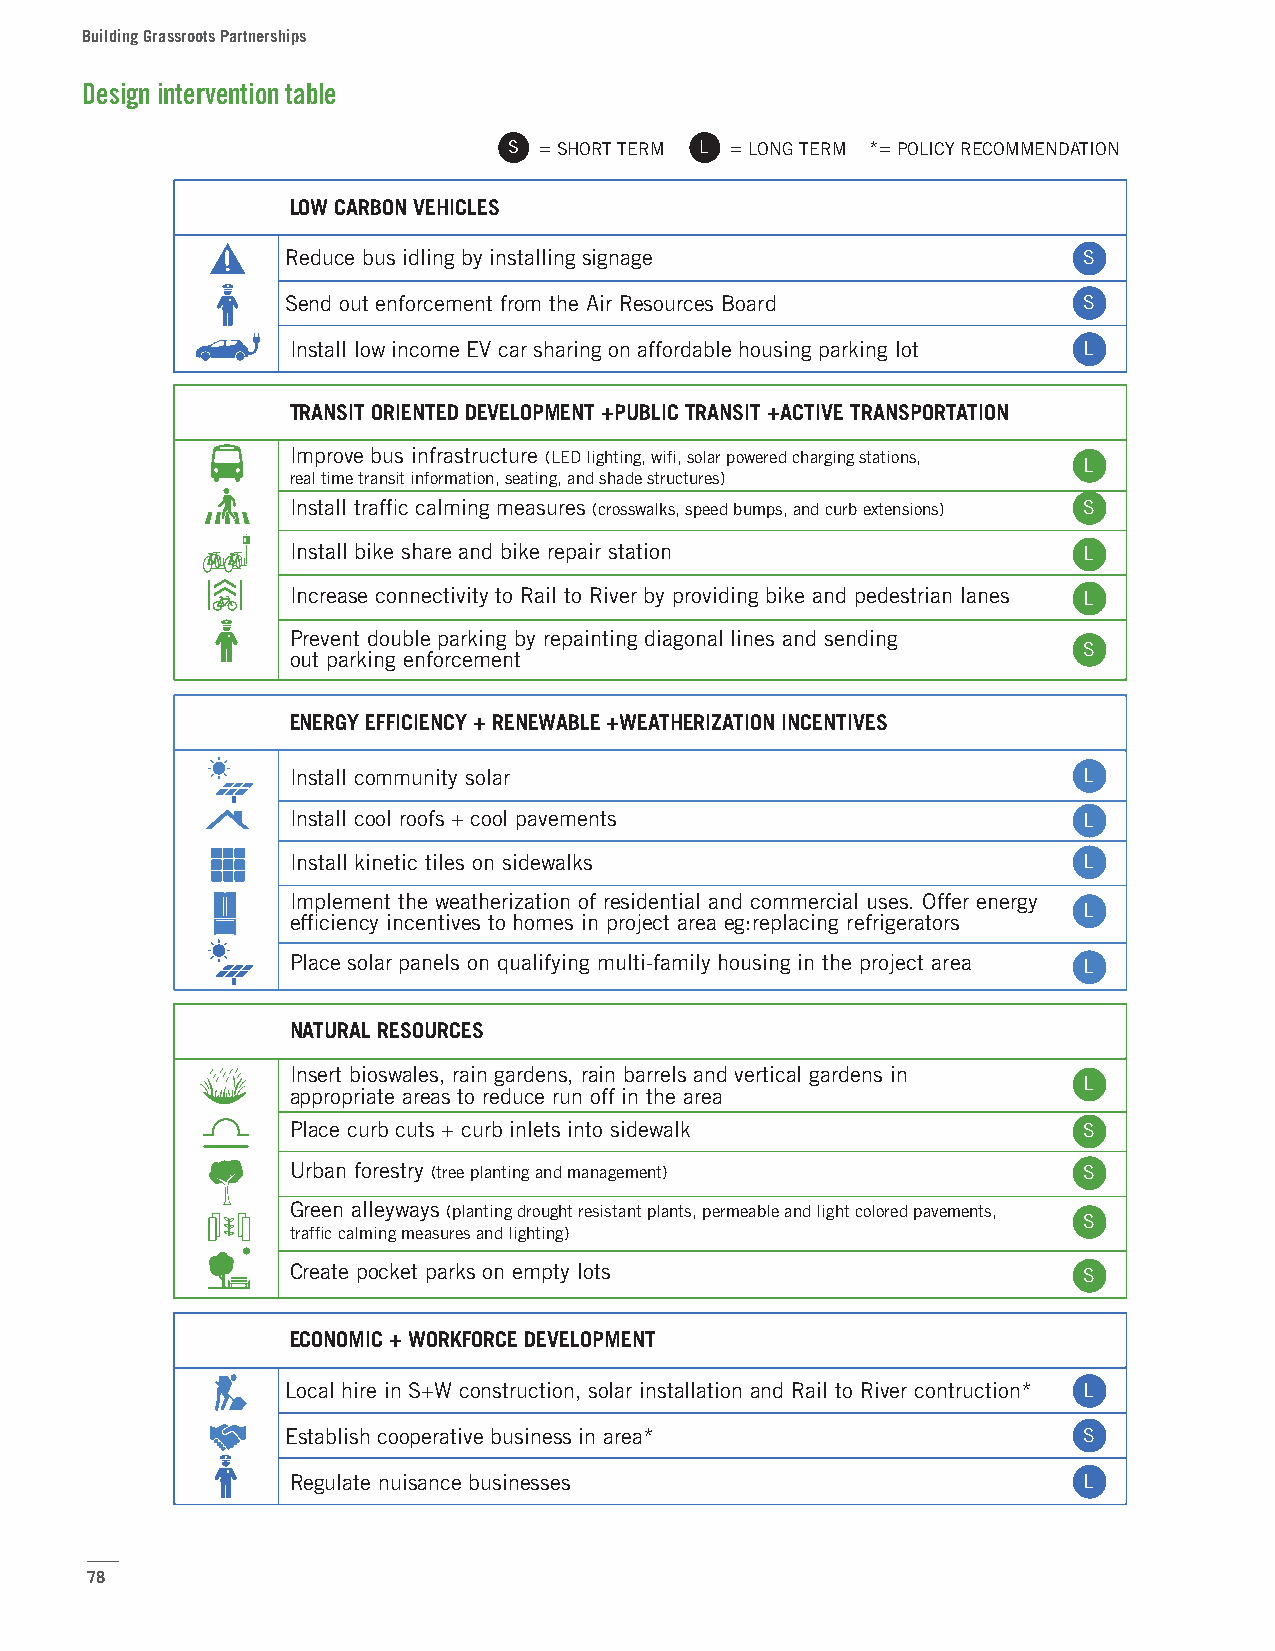
Building Grassroots Partnerships
 Design intervention table
 DESIGN INTERVENTION TABLE
 S = SHORT TERM L = LONG TERM *= POLICY RECOMMENDATION
 LOW CARBON VEHICLES
 Reduce bus idling by installing signage              S
 Send out enforcement from the Air Resources Board    S
 Install low income EV car sharing on affordable housing parking lot L
 TRANSIT ORIENTED DEVELOPMENT +PUBLIC TRANSIT +ACTIVE TRANSPORTATION
 Improve bus infrastructure (LED lighting, wifi, solar powered charging stations,
 L
 real time transit information, seating, and shade structures)
 Install traffic calming measures (crosswalks, speed bumps, and curb extensions) S
 Install bike share and bike repair station           L
 Increase connectivity to Rail to River by providing bike and pedestrian lanes L
 Prevent double parking by repainting diagonal lines and sending
 S
 out parking enforcement
 ENERGY EFFICIENCY + RENEWABLE +WEATHERIZATION INCENTIVES
 Install community solar                              L
 Install cool roofs + cool pavements                  L
 Install kinetic tiles on sidewalks                   L
 Implement the weatherization of residential and commercial uses. Offer energy
 L
 efficiency incentives to homes in project area eg:replacing refrigerators
 Place solar panels on qualifying multi-family housing in the project area L
 NATURAL RESOURCES
 Insert bioswales, rain gardens, rain barrels and vertical gardens in
 L
 appropriate areas to reduce run off in the area
 Place curb cuts + curb inlets into sidewalk          S
 Urban forestry (tree planting and management)        S
 Green alleyways (planting drought resistant plants, permeable and light colored pavements,
 S
 traffic calming measures and lighting)
 Create pocket parks on empty lots                    S
 ECONOMIC + WORKFORCE DEVELOPMENT
 Local hire in S+W construction, solar installation and Rail to River contruction* L
 Establish cooperative business in area*              S
 Regulate nuisance businesses                         L
 78